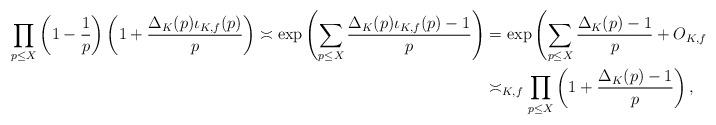
LaTeX: \begin{align*}\prod_{p \leq X} \left(1-\frac{1}{p}\right)\left(1+\frac{\Delta_K(p)\iota_{K,f}(p)}{p}\right) \asymp \exp\left(\sum_{p \leq X} \frac{\Delta_K(p)\iota_{K,f}(p)-1}{p}\right) &= \exp\left(\sum_{p \leq X} \frac{\Delta_K(p)-1}{p} + O_{K,f}(1)\right) \\&\asymp_{K,f} \prod_{p \leq X} \left(1+\frac{\Delta_K(p)-1}{p}\right),\end{align*}